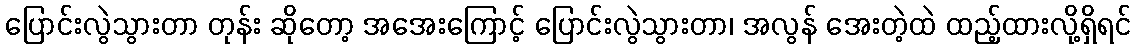
ပြောင်းလွဲသွားတာ တုန်း ဆိုတော့ အအေးကြောင့် ပြောင်းလွဲသွားတာ၊ အလွန် အေးတဲ့ထဲ ထည့်ထားလို့ရှိရင်